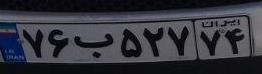
۷۶ب۵۲۷۷۴